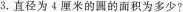
3.直径为4厘米的圆的面积为多少?